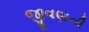
જીવણની